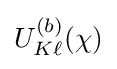
U_{K\ell }^{(b)}(\chi )